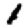
Digit: 1